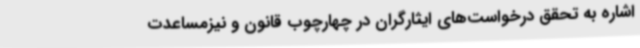
اشاره به تحقق درخواست‌های ایثارگران در چهارچوب قانون و نیزمساعدت